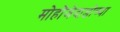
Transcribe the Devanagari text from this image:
मोहोंजेदाडोच्या